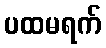
ပထမရက်